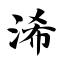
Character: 浠